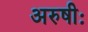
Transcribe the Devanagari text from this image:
अरुषीः